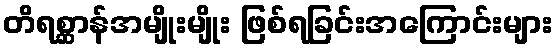
တိရစ္ဆာန်အမျိုးမျိုး ဖြစ်ရခြင်းအကြောင်းများ